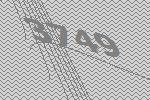
3749